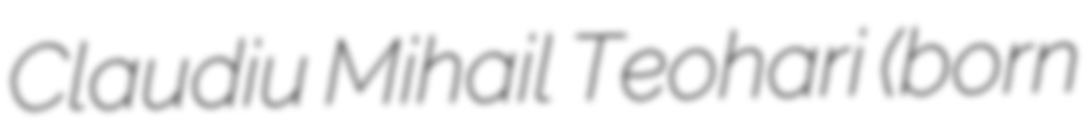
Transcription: Claudiu Mihail Teohari (born